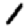
Digit: 1